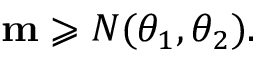
\mathbf { m } \geqslant N ( \theta _ { 1 } , \theta _ { 2 } ) .